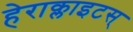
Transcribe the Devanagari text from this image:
हेराक्लाइटस्